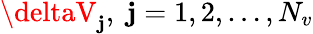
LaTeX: \deltaV_{\mathbf{j}},\; \mathbf{j}=1,2,\ldots,N_{v}